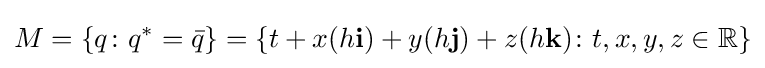
M=\lbrace q\colon q^{*}={\bar {q}}\rbrace =\lbrace t+x(h\mathbf {i} )+y(h\mathbf {j} )+z(h\mathbf {k} )\colon t,x,y,z\in \mathbb {R} \rbrace